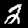
Digit: 2